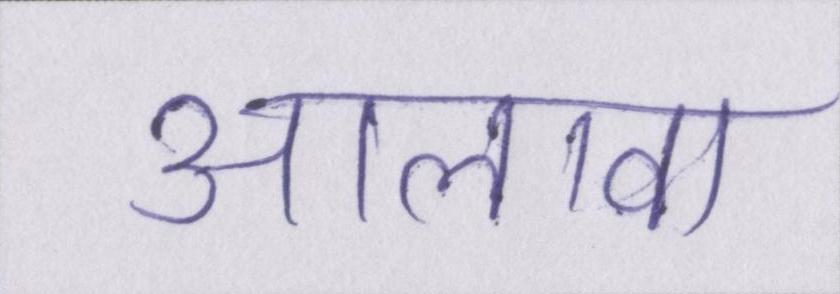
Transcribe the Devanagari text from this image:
आलावा